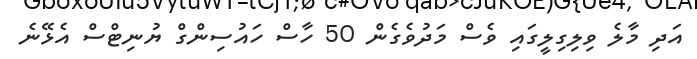
އަދި މާލެ ވިލިގިލީގައި ވެސް މަދުވެގެން 50 ހާސް ހައުސިންގް ޔުނިޓްސް އެޅޭނެ